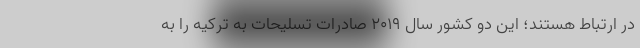
در ارتباط هستند؛ این دو کشور سال ۲۰۱۹ صادرات تسلیحات به ترکیه را به